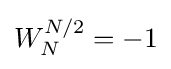
W_{N}^{N/2}=-1